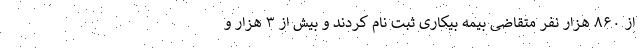
از ۸۶۰ هزار نفر متقاضی بیمه بیکاری ثبت نام کردند و بیش از ۳ هزار و